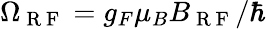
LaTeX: \Omega_{\mathrm{~R~F~}}=g_{F}\mu_{B}B_{\mathrm{~R~F~}}/\hbar